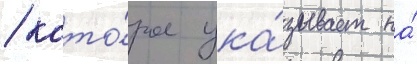
/ кото́рое ука́зывает на́